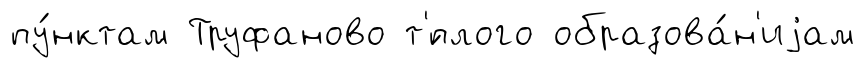
пу́нктам Труфаново т'́плого образова́н'иjам